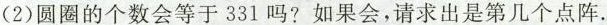
2)圆圈的个数会等于331吗？如果会，请求出是第几个点阵.